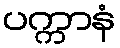
ပက္ကာနံ